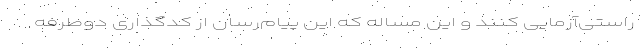
راستی‌آزمایی کنند و این مساله که این پیام‌رسان‌ از کدگذاری دوطرفه